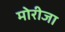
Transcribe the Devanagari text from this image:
मोरीजा